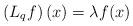
LaTeX: \begin{align*}\left( L_{q}f\right) \left( x\right) =\lambda f(x) \end{align*}